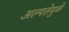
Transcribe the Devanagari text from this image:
अल्पतेमुळे